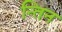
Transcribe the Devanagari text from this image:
न्तिन